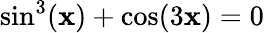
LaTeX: \sin^{3}(\mathbf{x})+\cos(3\mathbf{x})=0